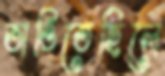
ভাঙিতেছিলে